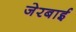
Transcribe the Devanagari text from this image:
जेरबाई